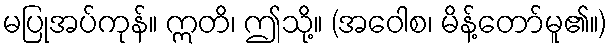
မပြုအပ်ကုန်။ ဣတိ၊ ဤသို့။ (အဝေါစ၊ မိန့်တော်မူ၏။)